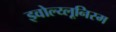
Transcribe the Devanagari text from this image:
इवोल्य्लूनिस्म